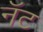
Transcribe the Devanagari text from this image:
नॅट